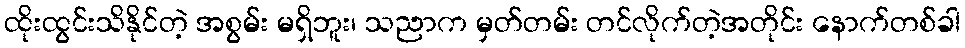
ထိုးထွင်းသိနိုင်တဲ့ အစွမ်း မရှိဘူး၊ သညာက မှတ်တမ်း တင်လိုက်တဲ့အတိုင်း နောက်တစ်ခါ